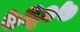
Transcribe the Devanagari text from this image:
७६०७